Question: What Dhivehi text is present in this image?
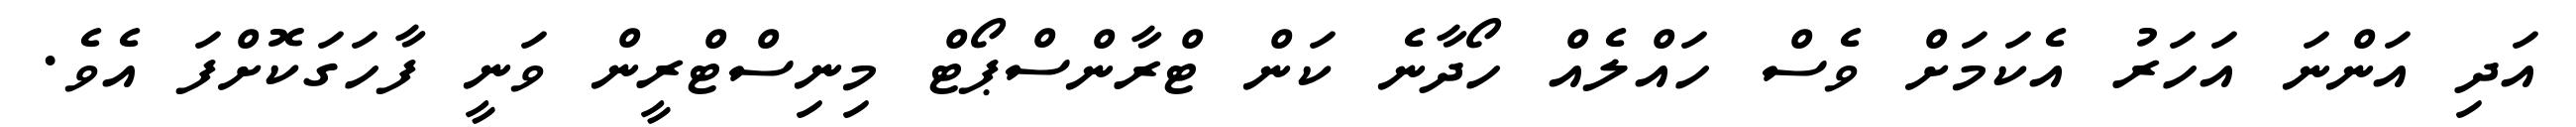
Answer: އަދި އަންނަ އަހަރު އެކަމަށް ވެސް ހައްލެއް ހޯދާނެ ކަން ޓްރާންސްޕޯޓް މިނިސްޓްރީން ވަނީ ފާހަގަކޮށްފަ އެވެ.